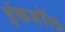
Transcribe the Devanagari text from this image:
इंकबॉल